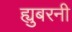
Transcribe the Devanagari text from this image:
ह्युबरनी